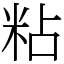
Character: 粘